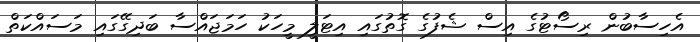
އެހިސާބުން ރިސޯޓުގެ އިސް ޝެފުގެ ގޮތުގައި އިޓަލީ މީހަކު ހަމަޖައްސާ ބަދިގޭގައި މަސައްކަތް